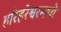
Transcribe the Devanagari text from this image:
हरिहरेश्वरमध्ये